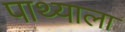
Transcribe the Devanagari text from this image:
पाथ्याला